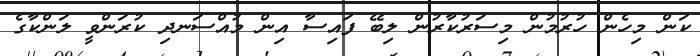
ކަން މިހެން ހުރުމުން މިސަރުކާރުން ލިބޭ ފައިސާ އިން މުއްސަނދި ކުރަންވީ ލަންކާގެ